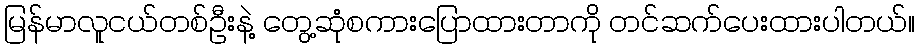
မြန်မာလူငယ်တစ်ဦးနဲ့ တွေ့ဆုံစကားပြောထားတာကို တင်ဆက်ပေးထားပါတယ်။